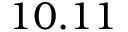
1 0 . 1 1